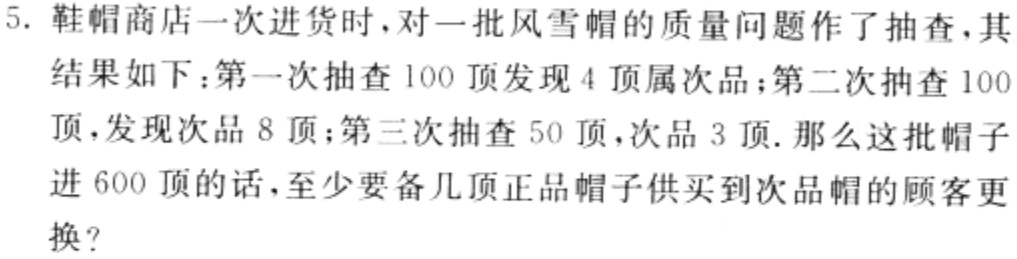
5. 鞋帽商店一次进货时，对一批风雪帽的质量问题作了抽查，其
结果如下：第一次抽查 100 顶发现 4 顶属次品；第二次抽查 100
顶，发现次品 8 顶；第三次抽查 50 顶，次品 3 顶. 那么这批帽子
进 600 顶的话，至少要备几顶正品帽子供买到次品帽的顾客更
换?